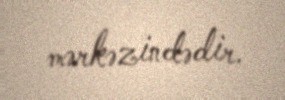
mərkəzindədir.